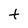
Character: t